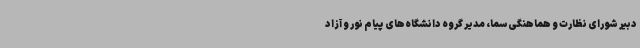
دبیر شورای نظارت و هماهنگی سما، مدیر گروه دانشگاه‌های پیام نور و آزاد